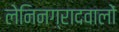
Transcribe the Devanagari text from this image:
लेनिनग्रादवालों